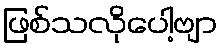
ဖြစ်သလိုပေါ့ဗျာ